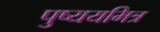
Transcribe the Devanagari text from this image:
पुष्ययमित्र